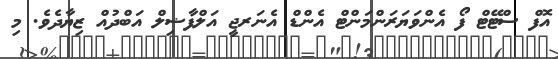
އޮފް ސްޓޭޓް ފޯ އެންވަޔަރަންމަންޓް އެންޑް އެނަރޖީ އަލްފާޟިލް އަބްދުއް ޒިޔާދެވެ. މި